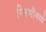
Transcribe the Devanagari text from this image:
गिरणीमध्ये